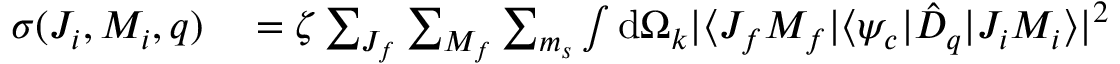
\begin{array} { r l } { \sigma ( J _ { i } , M _ { i } , q ) } & { { } = \zeta \sum _ { J _ { f } } \sum _ { M _ { f } } \sum _ { m _ { s } } \int \mathrm { d } \Omega _ { k } | \langle J _ { f } M _ { f } | \langle \psi _ { c } | \hat { D } _ { q } | J _ { i } M _ { i } \rangle | ^ { 2 } } \end{array}